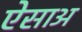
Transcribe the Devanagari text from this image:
ऐसाअ